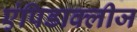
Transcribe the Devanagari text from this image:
एंपिडाक्लीज